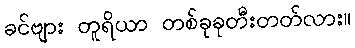
ခင်ဗျား တူရိယာ တစ်ခုခုတီးတတ်လား။